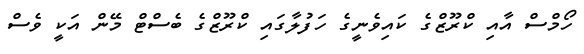
ހޯމްސް އާއި ކްރޫޒްގެ ކައިވެނީގެ ހަފުލާގައި ކްރޫޒްގެ ބެސްޓް މޭން އަކީ ވެސް